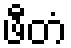
ဖီတံ